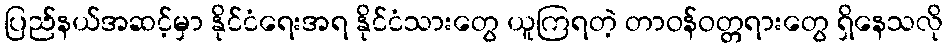
ပြည်နယ်အဆင့်မှာ နိုင်ငံရေးအရ နိုင်ငံသားတွေ ယူကြရတဲ့ တာဝန်ဝတ္တရားတွေ ရှိနေသလို